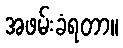
အဖမ်းခံရတာ။